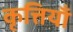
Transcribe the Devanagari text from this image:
कृत्तियाँ